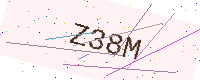
Text: Z38M